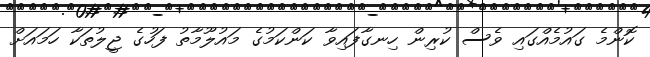
ކޮންމެ ގައުމެއްގައި ވެސް ކުރިން ހިނގާފައިވާ ކަންކަމުގެ މައުލޫމާތު ފަހުގެ ޖީލުތަކާ ހަމައަށް